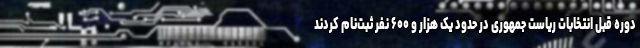
دوره قبل انتخابات ریاست جمهوری در حدود یک هزار و ۶۰۰ نفر ثبت‌نام کردند